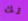
لك